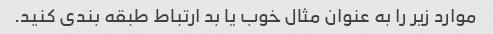
موارد زیر را به عنوان مثال خوب یا بد ارتباط طبقه بندی کنید.